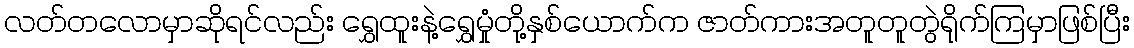
လတ်တလောမှာဆိုရင်လည်း ရွှေထူးနဲ့ရွှေမှုံတို့နှစ်ယောက်က ဇာတ်ကားအတူတူတွဲရိုက်ကြမှာဖြစ်ပြီး